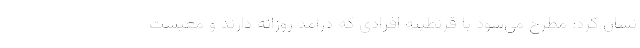
نشان کرد: مطرح می‌شود با قرنطینه افرادی که درآمد روزانه دارند و معیشت